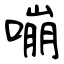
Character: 嘣